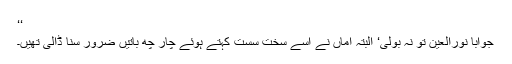
‘‘
جواباً نورالعین تو نہ بولی‘ البتہ اماں نے اسے سخت سست کہتے ہوئے چار چھ باتیں ضرور سنا ڈالی تھیں۔